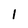
Character: l